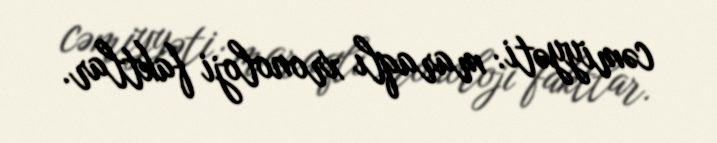
cəmiyyəti: maraqlı xronoloji faktlar.